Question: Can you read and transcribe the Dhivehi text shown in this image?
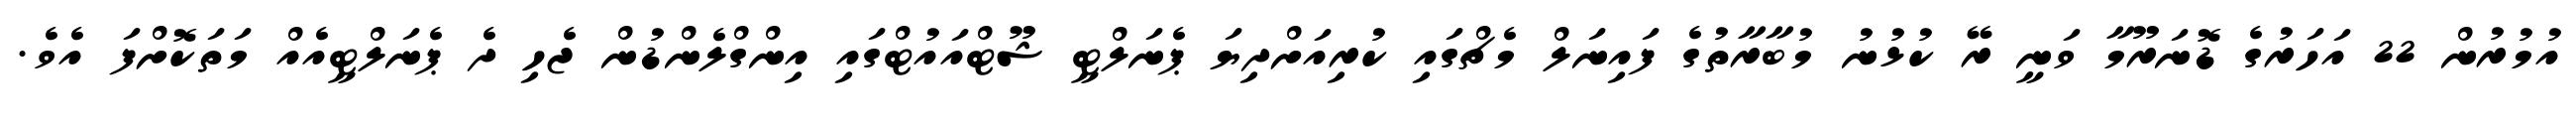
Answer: އުމުރުން 22 އަހަރުގެ ޑޮނަރޫމާ ވަނީ ރޭ ކުޅުނު މުބާރާތުގެ ފައިނަލް މެޗްގައި ކުރިއަށްދިޔަ ޕެނަލްޓީ ޝޫޓްއައުޓްގައި އިންގްލެންޑުން ޖެހި ދެ ޕެނަލްޓީއެއް މަތަކޮށްފަ އެވެ.